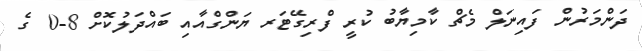
ދަންމަރުން ފައިނަލް މެޗް ކާމިޔާބު ކުރީ ފްރިގޭޓަރ ޔަންގްއާއި ބައްދަލުކޮށް 8-0 ގެ